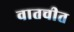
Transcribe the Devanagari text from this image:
वातचीत